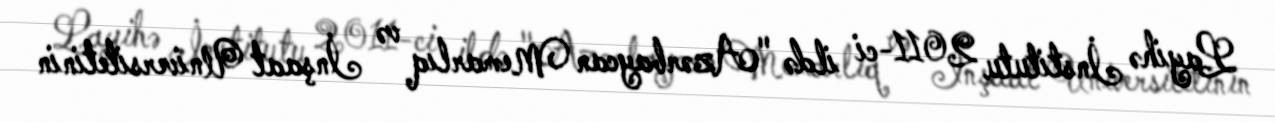
Layihə İnstitutu 2011-ci ildə "Azərbaycan Memarlıq və İnşaat Universitetinin